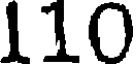
110